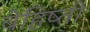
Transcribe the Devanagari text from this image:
बेहिष्ती